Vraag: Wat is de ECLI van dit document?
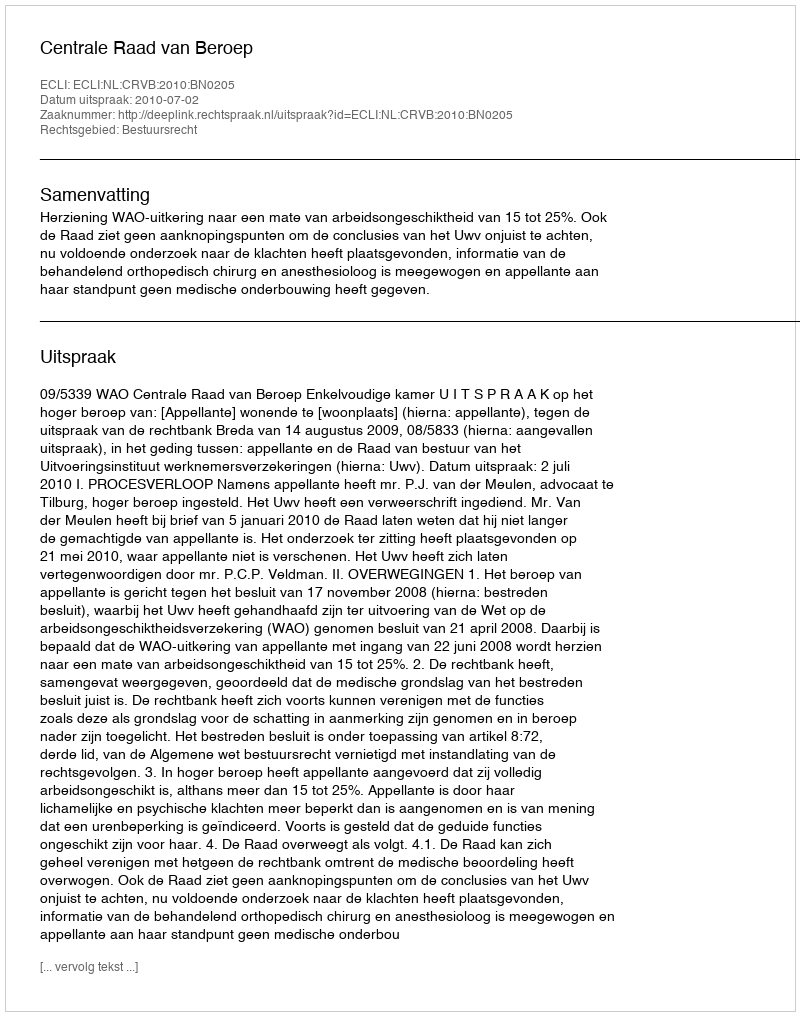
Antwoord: ECLI:NL:CRVB:2010:BN0205